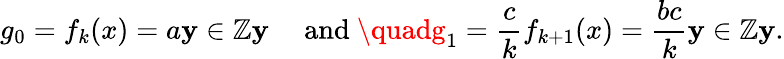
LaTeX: g_{0}=f_{k}(x)=a\mathbf{y}\in\mathbb{{Z}}\mathbf{y}\quad{\mathrm{{~and~}}}\quadg_{1}={\frac{{c}}{{k}}}f_{k+1}(x)={\frac{{bc}}{{k}}}\mathbf{y}\in\mathbb{{Z}}\mathbf{y}.